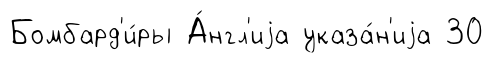
Бомбард'и́ры А́нгл'иjа указа́н'иjа 30